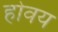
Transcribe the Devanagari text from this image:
होवय